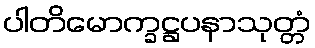
ပါတိမောက္ခဋ္ဌပနာသုတ္တံ